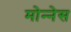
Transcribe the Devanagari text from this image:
मोन्‍नेस